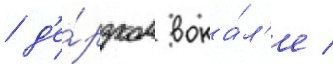
/ д'е́рзком вока́л'е /